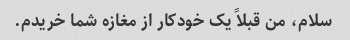
سلام، من قبلاً یک خودکار از مغازه شما خریدم.